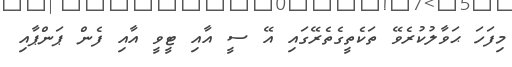
މިފަހަ ޙަވާލުކުރެވޭ ތަކެތީގެތެރޭގައި އޭ ސީ އާއި ޓީވީ އާއި ފެން ޕަންޕާއި